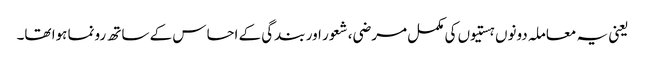
یعنی یہ معاملہ دونوں ہستیوں کی مکمل مرضی، شعور اور بندگی کے احساس کے ساتھ رونما ہوا تھا۔